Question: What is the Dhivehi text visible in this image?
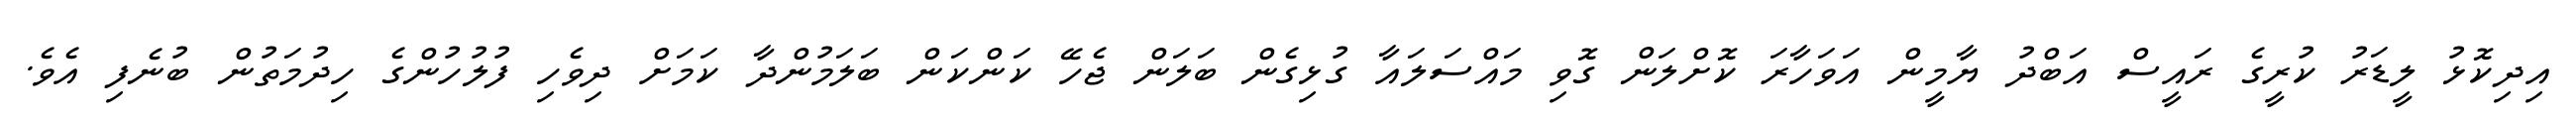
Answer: އިދިކޮޅު ލީޑަރު ކުރީގެ ރައީސް އަބްދު ޔާމީން އަވަހާރަ ކޮށްލަން ގޮވި މައްސަލައާ ގުޅިގެން ބަލަން ޖެހޭ ކަންކަން ބަލަމުންދާ ކަމަށް ދިވެހި ފުލުހުންގެ ހިދުމަތުން ބުނެފި އެވެ.